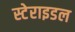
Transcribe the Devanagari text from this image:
स्टेराइडल